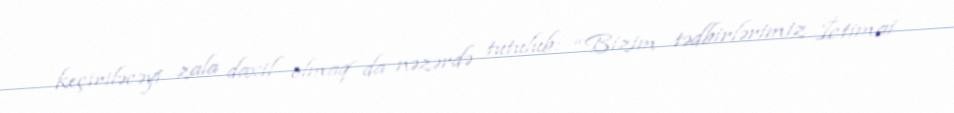
keçiriləcəyi zala daxil olmaq da nəzərdə tutulub: “Bizim tədbirlərimiz İctimai